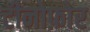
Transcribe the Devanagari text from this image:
टीनोफ़ोर